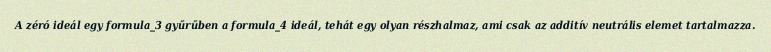
A zéró ideál egy formula_3 gyűrűben a formula_4 ideál, tehát egy olyan részhalmaz, ami csak az additív neutrális elemet tartalmazza.